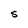
Character: S